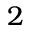
2